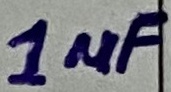
Text: 1µF